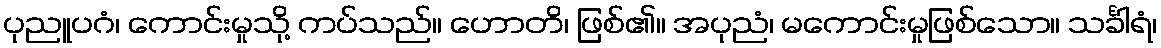
ပုညူပဂံ၊ ကောင်းမှုသို့ ကပ်သည်။ ဟောတိ၊ ဖြစ်၏။ အပုညံ၊ မကောင်းမှုဖြစ်သော။ သင်္ခါရံ၊